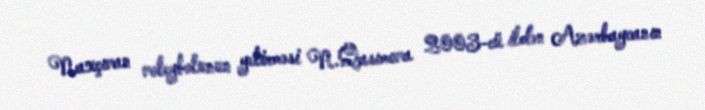
Naxçıvan voleybolunun yetirməsi N.Qasımova 2003-cü ildən Azərbaycanın